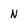
Character: n